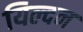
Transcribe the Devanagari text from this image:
यिल्दन